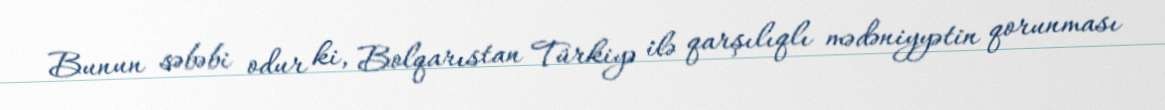
Bunun səbəbi odur ki, Bolqarıstan Türkiyə ilə qarşılıqlı mədəniyyətin qorunması